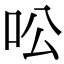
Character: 㕬